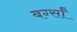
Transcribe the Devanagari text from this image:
बर्ग्साँ